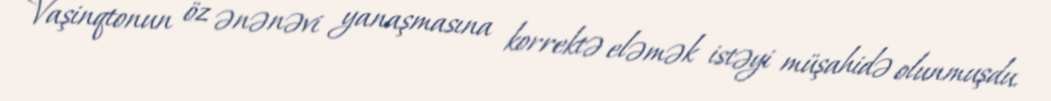
Vaşinqtonun öz ənənəvi yanaşmasına korrektə eləmək istəyi müşahidə olunmuşdu.